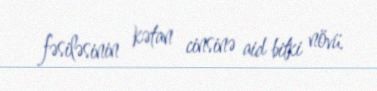
fəsiləsinin kətan cinsinə aid bitki növü.